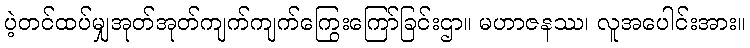
ပဲ့တင်ထပ်မျှအုတ်အုတ်ကျက်ကျက်ကြွေးကြော်ခြင်းဌာ။ မဟာဇနဿ၊ လူအပေါင်းအား။